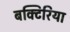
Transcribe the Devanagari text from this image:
बक्टिरिया